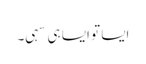
ایسا تو ایسا ہی سہی۔